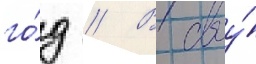
го́д // В своу́